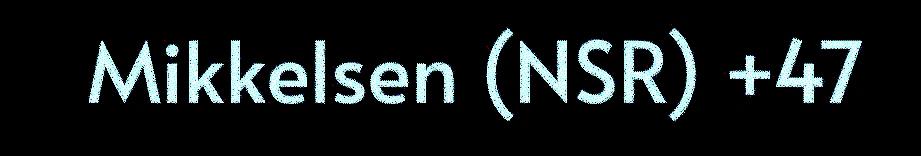
Mikkelsen (NSR) +47